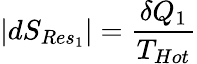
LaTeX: |dS_{Res_{1}}|={\frac{\delta Q_{1}}{T_{Hot}}}